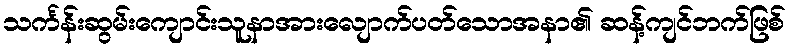
သင်္ကန်းဆွမ်းကျောင်းသူနာအားလျောက်ပတ်သောအနာ၏ ဆန့်ကျင်ဘက်ဖြစ်